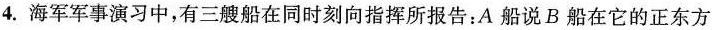
4.海军军事演习中，有三艘船在同时刻向指挥所报告：A船说B船在它的正东方